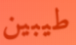
طيبين